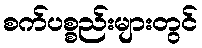
စက်ပစ္စည်းများတွင်